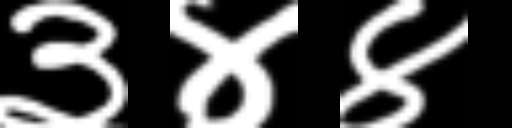
Text: ३४४